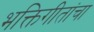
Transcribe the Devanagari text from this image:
भक्तिगीतांचा